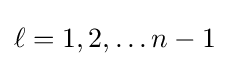
\ell =1,2,\dots n-1